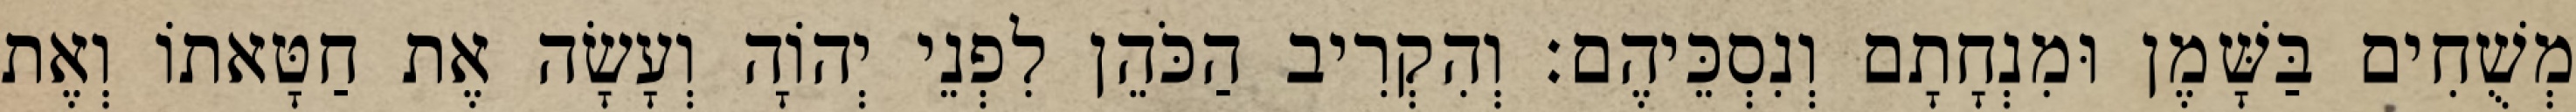
מְשֻׁחִים בַּשָּׁמֶן וּמִנְחָתָם וְנִסְכֵּיהֶם׃ וְהִקְרִיב הַכֹּהֵן לִפְנֵי יְהוָֹה וְעָשָׂה אֶת חַטָּאתוֹ וְאֶת